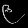
Digit: ၉